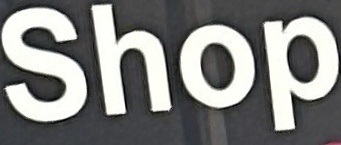
Shop